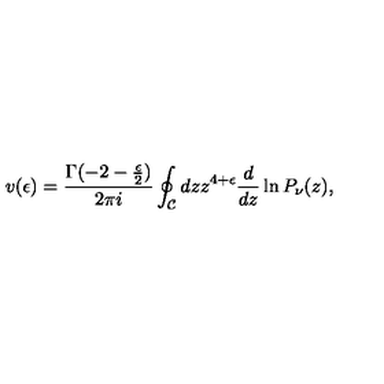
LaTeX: v ( \epsilon ) = \frac { \Gamma ( - 2 - { \frac { \epsilon } { 2 } } ) } { 2 \pi i } \oint _ { \mathcal C } d z z ^ { 4 + \epsilon } \frac { d } { d z } \ln P _ { \nu } ( z ) ,